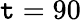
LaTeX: \mathtt{t}=90